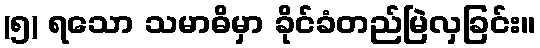
(၅) ရသော သမာဓိမှာ ခိုင်ခံတည်မြဲလှခြင်း။